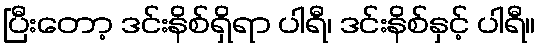
ပြီးတော့ ဒင်းနိစ်ရှိရာ ပါရီ၊ ဒင်းနိစ်နှင့် ပါရီ။